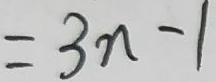
= 3 n - 1